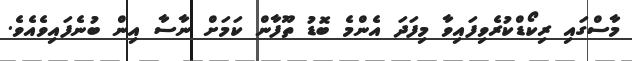
މާސްގައި ރިކޯޑްކުރެވިފައިވާ މިފަދަ އެންމެ ބޮޑު ތޫފާން ކަމަށް ނާސާ އިން ބުނެފައިވެއެވެ.